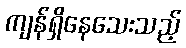
ကျန်ရှိနေသေးသည့်